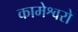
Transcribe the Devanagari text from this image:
कामेश्वरो